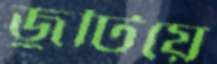
জুটিয়ে